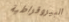
البيروقراطية